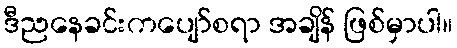
ဒီညနေခင်းကပျော်စရာ အချိန် ဖြစ်မှာပါ။